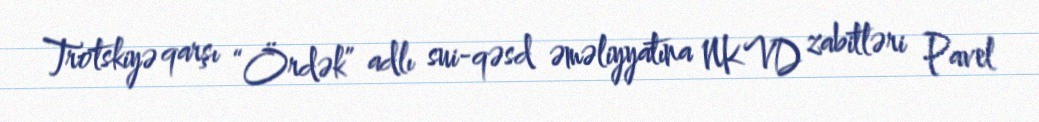
Trotskiyə qarşı “Ördək” adlı sui-qəsd əməliyyatına NKVD zabitləri Pavel